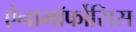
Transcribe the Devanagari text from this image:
ऐनामॉर्फोसिस